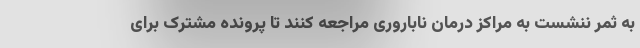
به ثمر ننشست به مراکز درمان ناباروری مراجعه کنند تا پرونده مشترک برای